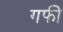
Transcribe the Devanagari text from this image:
गफी